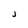
Character: J